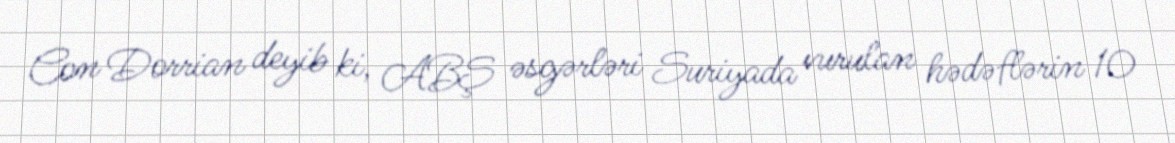
Con Dorrian deyib ki, ABŞ əsgərləri Suriyada vurulan hədəflərin 10